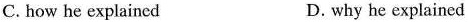
C.how he explained D.why he explained